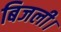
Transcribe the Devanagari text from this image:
बिजली।